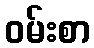
ဝမ်းစာ